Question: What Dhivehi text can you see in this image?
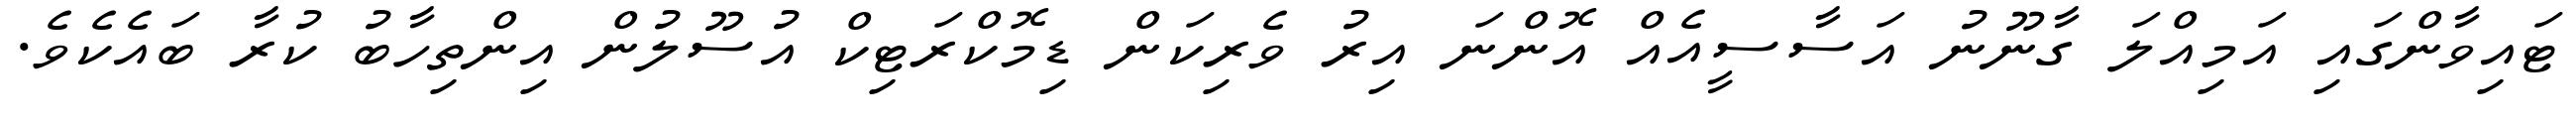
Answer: ޓައިވާންގައި އަމިއްލަ ގާނޫނު އަސާސީއެއް އޮންނަ އިރު ވެރިކަން ޑިމޮކްރަޓިކް އުސޫލުން އިންތިހާބު ކުރާ ބައެކެވެ.